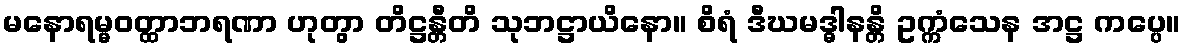
မနောရမ္မဝတ္ထာဘရဏာ ဟုတွာ တိဋ္ဌန္တီတိ သုဘဋ္ဌာယိနော။ စိရံ ဒီဃမဒ္ဓါနန္တိ ဥက္ကံသေန အဋ္ဌ ကပ္ပေ။